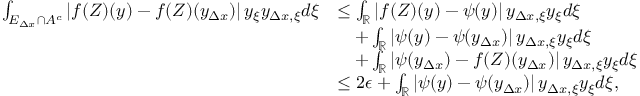
\begin{array} { r l } { \int _ { E _ { \Delta x } \cap A ^ { c } } \left| f ( Z ) ( y ) - f ( Z ) ( y _ { \Delta x } ) \right| y _ { \xi } y _ { \Delta x , \xi } d \xi } & { \leq \int _ { \mathbb { R } } \left| f ( Z ) ( y ) - \psi ( y ) \right| y _ { \Delta x , \xi } y _ { \xi } d \xi } \\ & { \quad + \int _ { \mathbb { R } } \left| \psi ( y ) - \psi ( y _ { \Delta x } ) \right| y _ { \Delta x , \xi } y _ { \xi } d \xi } \\ & { \quad + \int _ { \mathbb { R } } \left| \psi ( y _ { \Delta x } ) - f ( Z ) ( y _ { \Delta x } ) \right| y _ { \Delta x , \xi } y _ { \xi } d \xi } \\ & { \leq 2 \epsilon + \int _ { \mathbb { R } } \left| \psi ( y ) - \psi ( y _ { \Delta x } ) \right| y _ { \Delta x , \xi } y _ { \xi } d \xi , } \end{array}